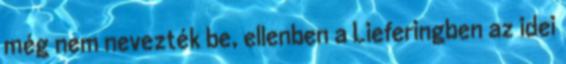
még nem nevezték be, ellenben a Lieferingben az idei